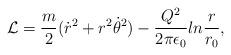
LaTeX: \begin{align*}{\cal L}={m\over 2}(\dot r^2+r^2\dot\theta^2)-{{Q^2}\over{2\pi\epsilon_0}}ln{r\over{r_0}},\end{align*}